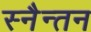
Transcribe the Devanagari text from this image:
स्नैन्तन